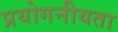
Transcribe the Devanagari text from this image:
प्रयोगनीयता